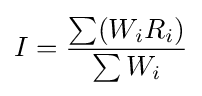
I={\frac {\sum (W_{i}R_{i})}{\sum W_{i}}}